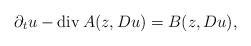
LaTeX: \begin{align*}\partial_t u - \operatorname{div} A(z,Du)=B(z,Du),\end{align*}